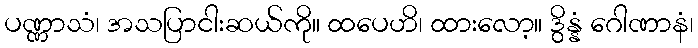
ပဏ္ဏာသံ၊ အသပြာငါးဆယ်ကို။ ထပေဟိ၊ ထားလော့။ ဒွိန္နံ ဂေါဏာနံ၊